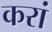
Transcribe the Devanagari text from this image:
करां